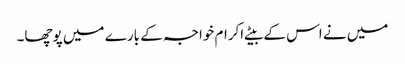
میں نے اس کے بیٹے اکرام خواجہ کے بارے میں پوچھا۔